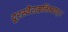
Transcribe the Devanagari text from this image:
दूरस्थैराम्रनिम्बवत्।।